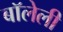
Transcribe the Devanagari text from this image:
बॉलेली